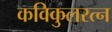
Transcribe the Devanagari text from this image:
कविकुलरत्न